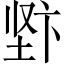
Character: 𱖿